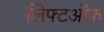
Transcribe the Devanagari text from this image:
लिफ्टऑफ